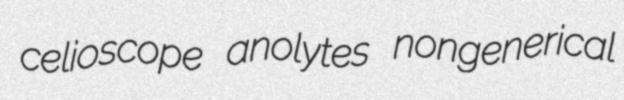
celioscope anolytes nongenerical